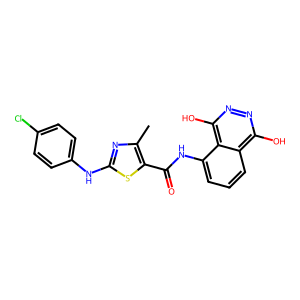
SMILES: Cc1nc(Nc2ccc(Cl)cc2)sc1C(=O)Nc1cccc2c(O)nnc(O)c12
Inhibits HIV replication: No